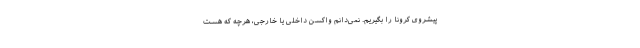
پیشروی کرونا را بگیریم. نمی‌دانم واکسن داخلی یا خارجی، هرچه که هست